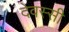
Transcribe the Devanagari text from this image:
देवस्सी